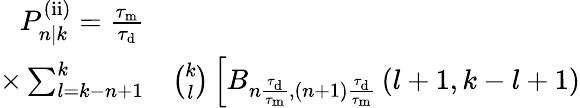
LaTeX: \begin{array}{rl}{P_{n|k}^{\mathrm{(ii)}}=\frac{\tau_{\mathrm{m}}}{\tau_{\mathrm{d}}}}&{{}}\\ {\times\sum_{l=k-n+1}^{k}}&{{}\binom{k}{l}\left[B_{n\frac{\tau_{\mathrm{d}}}{\tau_{\mathrm{m}}},(n+1)\frac{\tau_{\mathrm{d}}}{\tau_{\mathrm{m}}}}\left(l+1,k-l+1\right)\right.}\end{array}